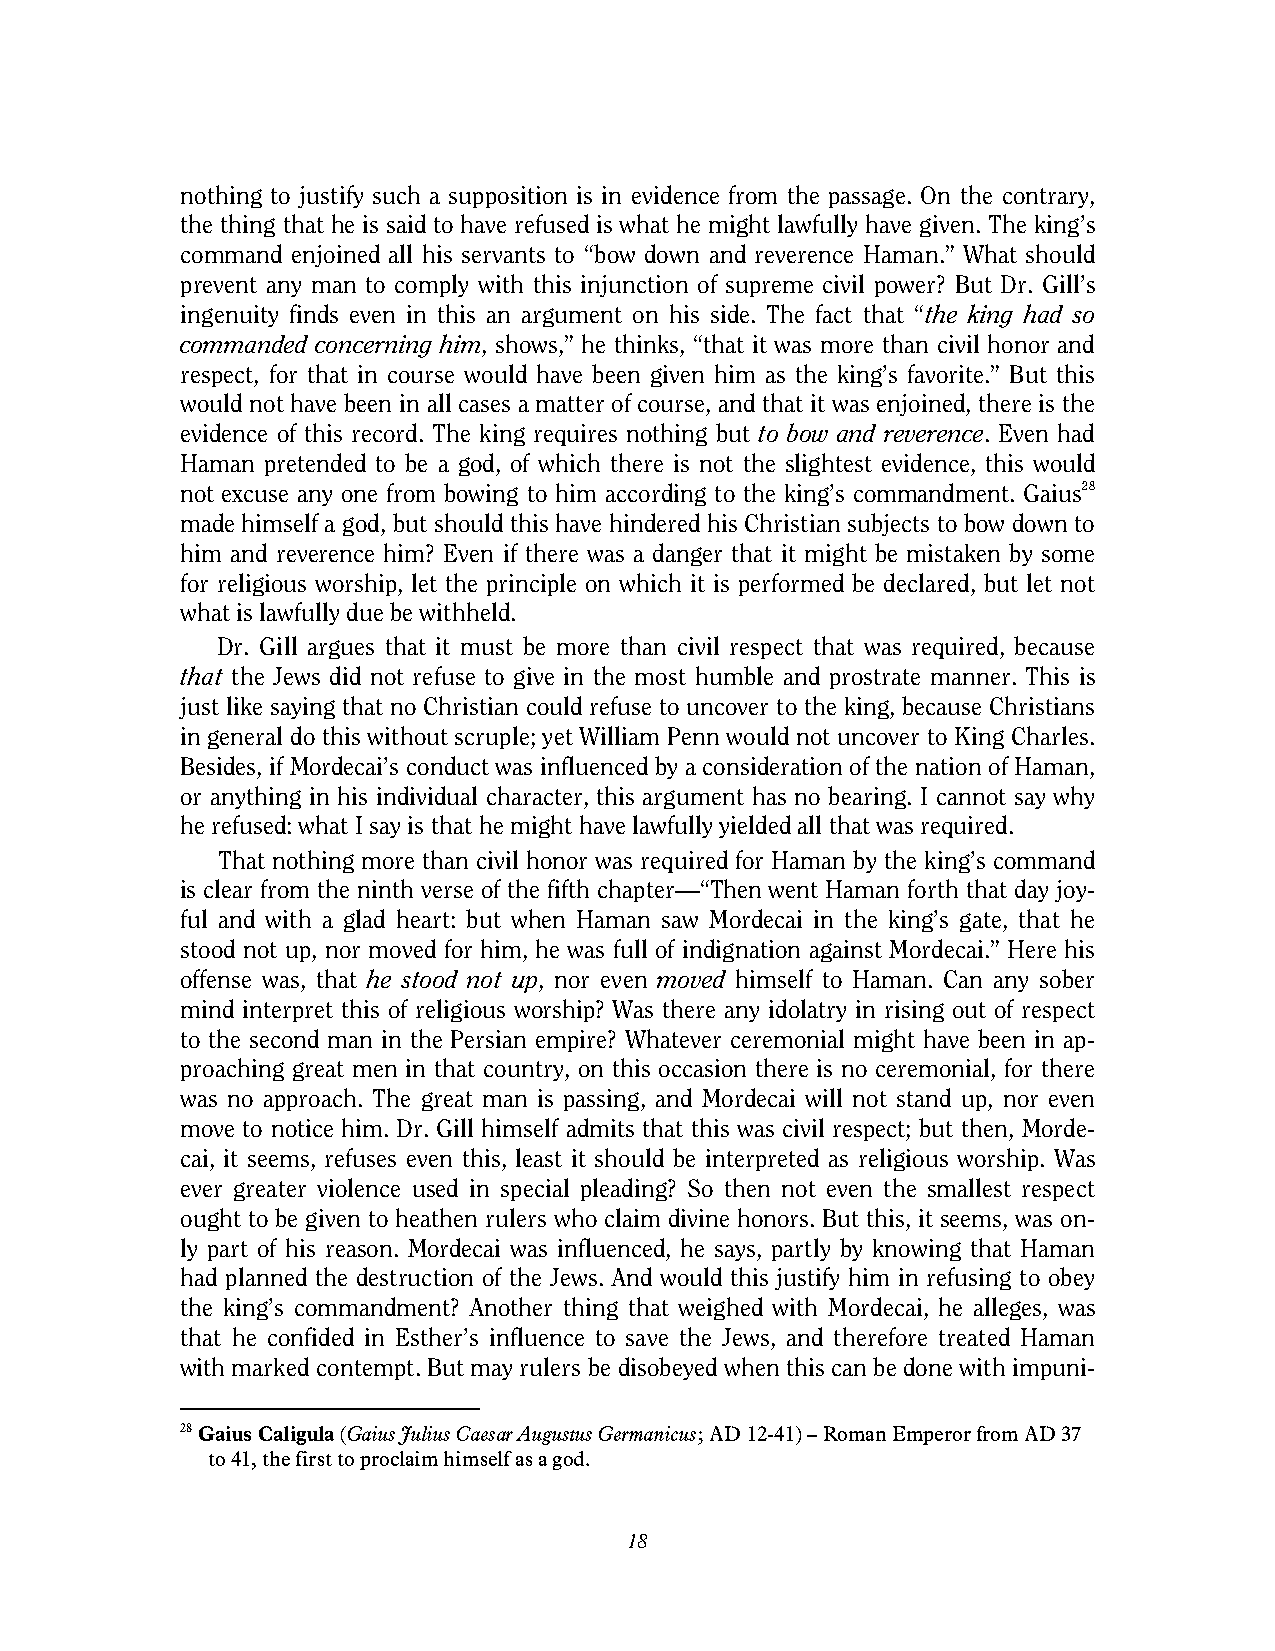
nothing to justify such a supposition is in evidence from the passage. On the contrary,
 the thing that he is said to have refused is what he might lawfully have given. The king’s
 command enjoined all his servants to “bow down and reverence Haman.” What should
 prevent any man to comply with this injunction of supreme civil power? But Dr. Gill’s
 ingenuity finds even in this an argument on his side. The fact that “the king had so
 commanded concerning him, shows,” he thinks, “that it was more than civil honor and
 respect, for that in course would have been given him as the king’s favorite.” But this
 would not have been in all cases a matter of course, and that it was enjoined, there is the
 evidence of this record. The king requires nothing but to bow and reverence. Even had
 Haman pretended to be a god, of which there is not the slightest evidence, this would
 not excuse any one from bowing to him according to the king’s commandment. Gaius28
 made himself a god, but should this have hindered his Christian subjects to bow down to
 him and reverence him? Even if there was a danger that it might be mistaken by some
 for religious worship, let the principle on which it is performed be declared, but let not
 what is lawfully due be withheld.
 Dr. Gill argues that it must be more than civil respect that was required, because
 that the Jews did not refuse to give in the most humble and prostrate manner. This is
 just like saying that no Christian could refuse to uncover to the king, because Christians
 in general do this without scruple; yet William Penn would not uncover to King Charles.
 Besides, if Mordecai’s conduct was influenced by a consideration of the nation of Haman,
 or anything in his individual character, this argument has no bearing. I cannot say why
 he refused: what I say is that he might have lawfully yielded all that was required.
 That nothing more than civil honor was required for Haman by the king’s command
 is clear from the ninth verse of the fifth chapter—“Then went Haman forth that day joy-
 ful and with a glad heart: but when Haman saw Mordecai in the king’s gate, that he
 stood not up, nor moved for him, he was full of indignation against Mordecai.” Here his
 offense was, that he stood not up, nor even moved himself to Haman. Can any sober
 mind interpret this of religious worship? Was there any idolatry in rising out of respect
 to the second man in the Persian empire? Whatever ceremonial might have been in ap-
 proaching great men in that country, on this occasion there is no ceremonial, for there
 was no approach. The great man is passing, and Mordecai will not stand up, nor even
 move to notice him. Dr. Gill himself admits that this was civil respect; but then, Morde-
 cai, it seems, refuses even this, least it should be interpreted as religious worship. Was
 ever greater violence used in special pleading? So then not even the smallest respect
 ought to be given to heathen rulers who claim divine honors. But this, it seems, was on-
 ly part of his reason. Mordecai was influenced, he says, partly by knowing that Haman
 had planned the destruction of the Jews. And would this justify him in refusing to obey
 the king’s commandment? Another thing that weighed with Mordecai, he alleges, was
 that he confided in Esther’s influence to save the Jews, and therefore treated Haman
 with marked contempt. But may rulers be disobeyed when this can be done with impuni-
 28 Gaius Caligula (Gaius Julius Caesar Augustus Germanicus; AD 12-41) – Roman Emperor from AD 37
 to 41, the first to proclaim himself as a god.
 18